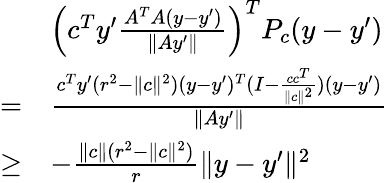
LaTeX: \begin{array}{rl}&{\left(c^{T}y^{\prime}\frac{A^{T}A(y-y^{\prime})}{\| Ay^{\prime}\| }\right)^{T}P_{c}(y-y^{\prime})}\\ {=}&{\frac{c^{T}y^{\prime}(r^{2}-\| c\| ^{2})(y-y^{\prime})^{T}(I-\frac{cc^{T}}{\| c\| ^{2}})(y-y^{\prime})}{\| Ay^{\prime}\| }}\\ {\geq}&{-\frac{\| c\| (r^{2}-\| c\| ^{2})}{r}\| y-y^{\prime}\| ^{2}}\end{array}